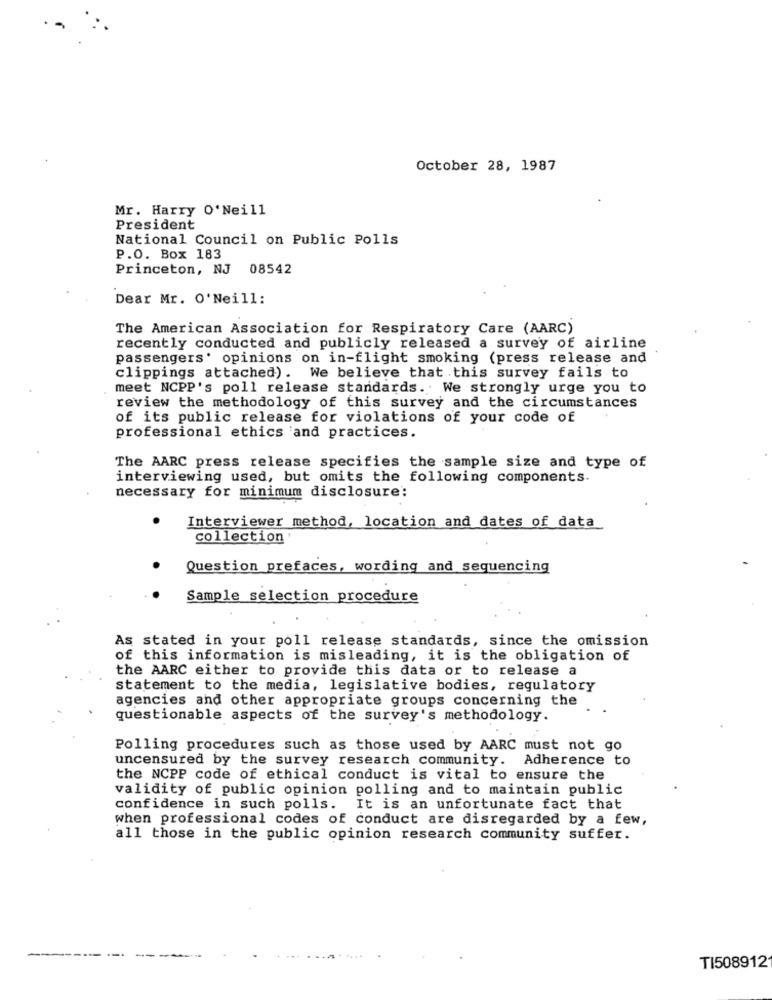
October 28, 1987
Mr. Harry O'Neill
President
National Council on Public Polls
P.O. Box 183
Princeton, NJ
08542
Dear Mr. O'Neill:
The American Association for Respiratory Care (AARC)
recently conducted and publicly released a survey of airline
passengers' opinions on in-flight smoking (press release and
clippings attached). We believe that this survey fails to
meet NCPP's poll release standards. We strongly urge you to
review the methodology of this survey and the circumstances
of its public release for violations of your code of
professional ethics and practices.
The AARC press release specifies the sample size and type of
interviewing used, but omits the following components.
necessary for minimum disclosure:
Interviewer method, location and dates of data
collection
Question prefaces, wording and sequencing
Sample selection procedure
As stated in your poll release standards, since the omission
of this information is misleading, it is the obligation of
the AARC either to provide this data or to release a
statement to the media, legislative bodies, regulatory
agencies and other appropriate groups concerning the
questionable aspects of the survey's methodology.
Polling procedures such as those used by AARC must not go
uncensured by the survey research community. Adherence to
the NCPP code of ethical conduct is vital to ensure the
validity of public opinion polling and to maintain public
confidence in such polls. It is an unfortunate fact that
when professional codes of conduct are disregarded by a few,
all those in the public opinion research community suffer.
TI5089121